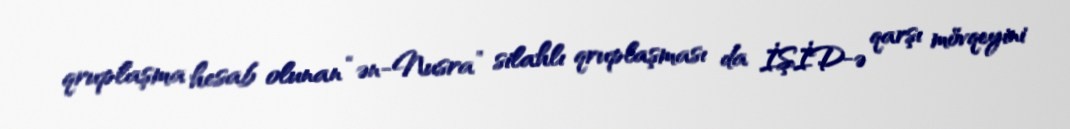
qruplaşma hesab olunan “ən-Nusra” silahlı qruplaşması da İŞİD-ə qarşı mövqeyini